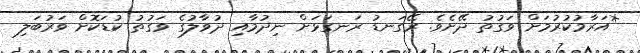
*އަރާމުކުރުމަށް ވަގުތު ދޭށެވެ. ރޭގަނޑު ރަނގަޅަށް ނިދުމާއި ދުވާލުގެ ވަގުތު ކުޑަކޮށް ވަރުބަލި